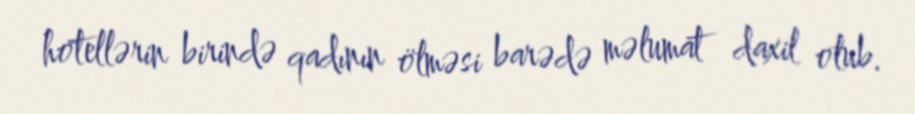
hotellərin birində qadının ölməsi barədə məlumat daxil olub.